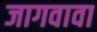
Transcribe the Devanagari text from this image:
जागवावा